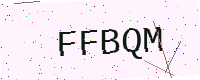
Text: FFBQM